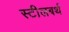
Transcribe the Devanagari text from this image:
स्टीलबर्थ